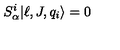
S _ { \alpha } ^ { i } | \ell , J , q _ { i } \rangle = 0